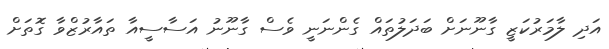
އަދި ލާމަރުކަޒީ ގާނޫނަށް ބަދަލުތައް ގެންނަނީ ވެސް ގާނޫނު އަސާސީއާ ތައާރުޒްވާ ގޮތަށް